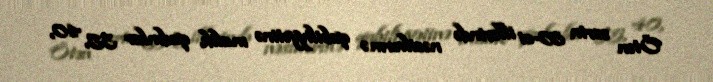
Ötən əsrin 80-ci illərində nəsilvermə qabiliyyətinə malik qadınlar 35, 40,